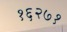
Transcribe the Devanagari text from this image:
१६२७१